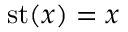
\operatorname { s t } ( x ) = x